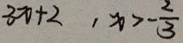
3 x + 2 , x > - \frac { 2 } { 3 }